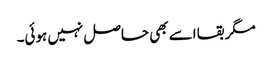
مگر بقا اسے بھی حاصل نہیں ہوئی۔